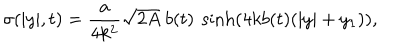
LaTeX: \sigma ( | y | , t ) = \frac { a } { 4 k ^ { 2 } } \sqrt { 2 A } ~ b ( t ) ~ \sinh \left( 4 k b ( t ) ( | y | + y _ { 1 } ) \right) ,